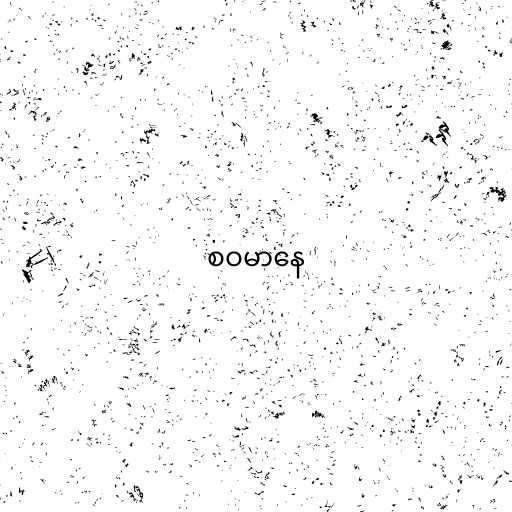
စဝမာနေ